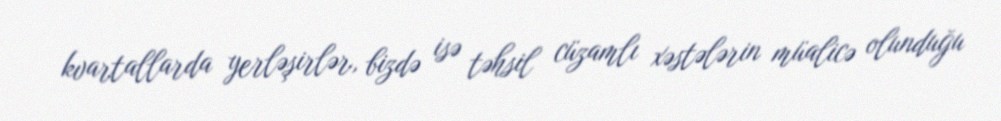
kvartallarda yerləşirlər, bizdə isə təhsil cüzamlı xəstələrin müalicə olunduğu